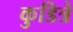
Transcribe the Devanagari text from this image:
कुडित्रे